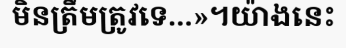
មិនត្រឹមត្រូវទេ...»។យ៉ាងនេះ